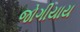
જોગીયાય